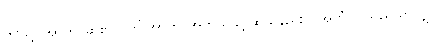
ဤသို့။ အာဟ၊ ဆို၏။ (ကိံ အာဟ၊ အဘယ်သို့ ဆိုသနည်း။) အဟံ၊ ငါသည်သာလျှင်။